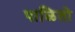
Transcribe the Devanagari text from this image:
पाळितो